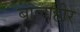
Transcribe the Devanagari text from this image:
बालाहीर